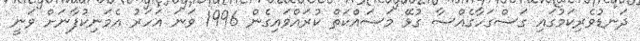
ދަނޑުވެރިކަމުގައި ގަސްގަހާގެއްސާ ގުޅޭ މަސައްކަތް ކުރައްވައިގެން 1996 ވަނަ އަހަރު އެމަނިކުފާނަށް ވަނީ